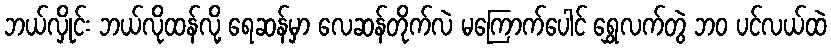
ဘယ်လှိုင်း ဘယ်လိုထန်လို့ ရေဆန်မှာ လေဆန်တိုက်လဲ မကြောက်ပေါင် ရွှေလက်တွဲ ဘဝ ပင်လယ်ထဲ